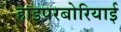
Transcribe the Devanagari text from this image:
हाइपरबोरियाई